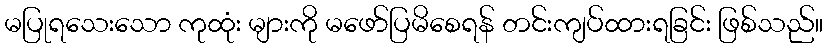
မပြုရသေးသော ကုထုံး များကို မဖော်ပြမိစေရန် တင်းကျပ်ထားရခြင်း ဖြစ်သည်။